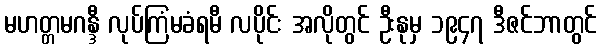
မဟတ္တမဂန္ဒီ လုပ်ကြံမခံရမီ လပိုင်း အလိုတွင် ဦးနုမှ ၁၉၄၇ ဒီဇင်ဘာတွင်